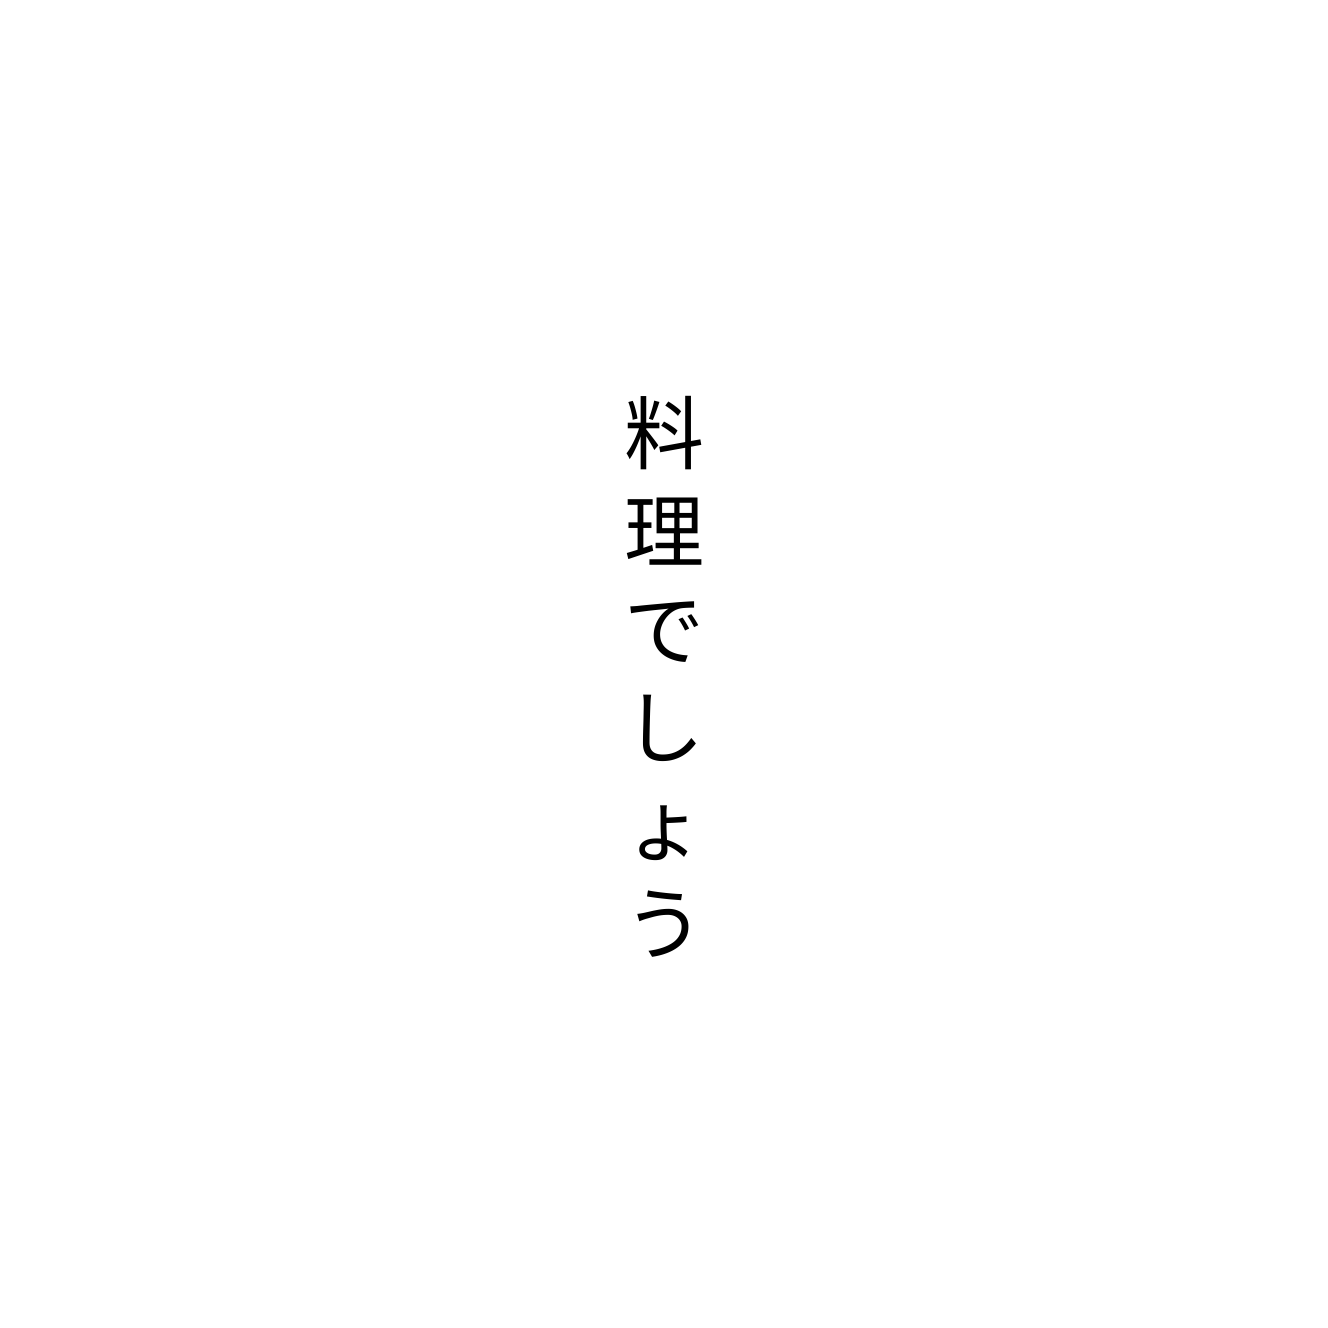
料理でしょう